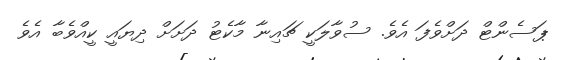
ޕަސެންޓް ދަށްވެފަ އެވެ. ސުވާލަކީ ޗައިނާ މާކެޓު ދަށަށް ދިޔައީ ކީއްވެބާ އެވެ